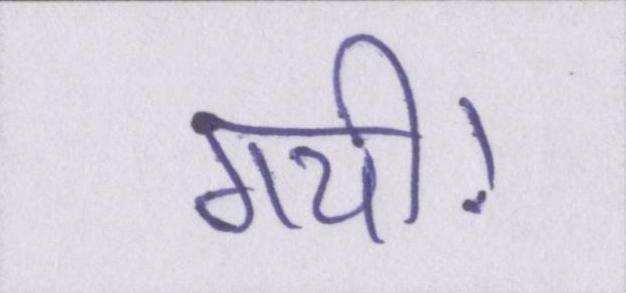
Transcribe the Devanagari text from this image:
गयी।